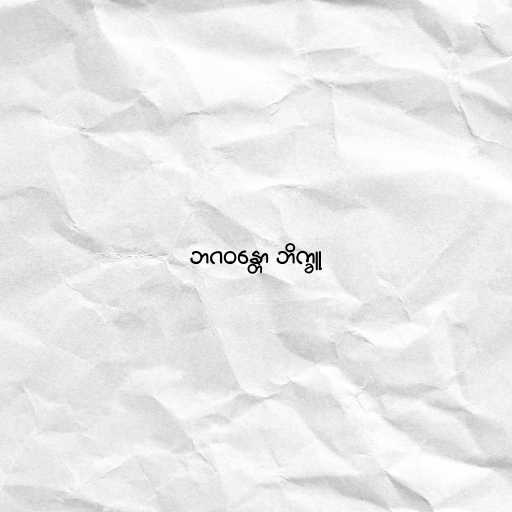
ဘဂဝန္တော ဘိက္ခူ